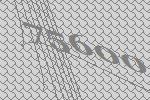
75600